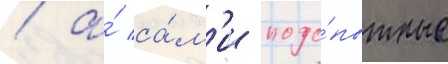
/ а́ са́м'и подо́пытные